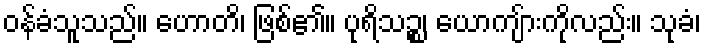
ဝန်ခံသူသည်။ ဟောတိ၊ ဖြစ်၏။ ပုရိသဉ္စ၊ ယောကျ်ားကိုလည်း။ သုခံ၊